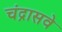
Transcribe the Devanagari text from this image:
चंद्रासवे